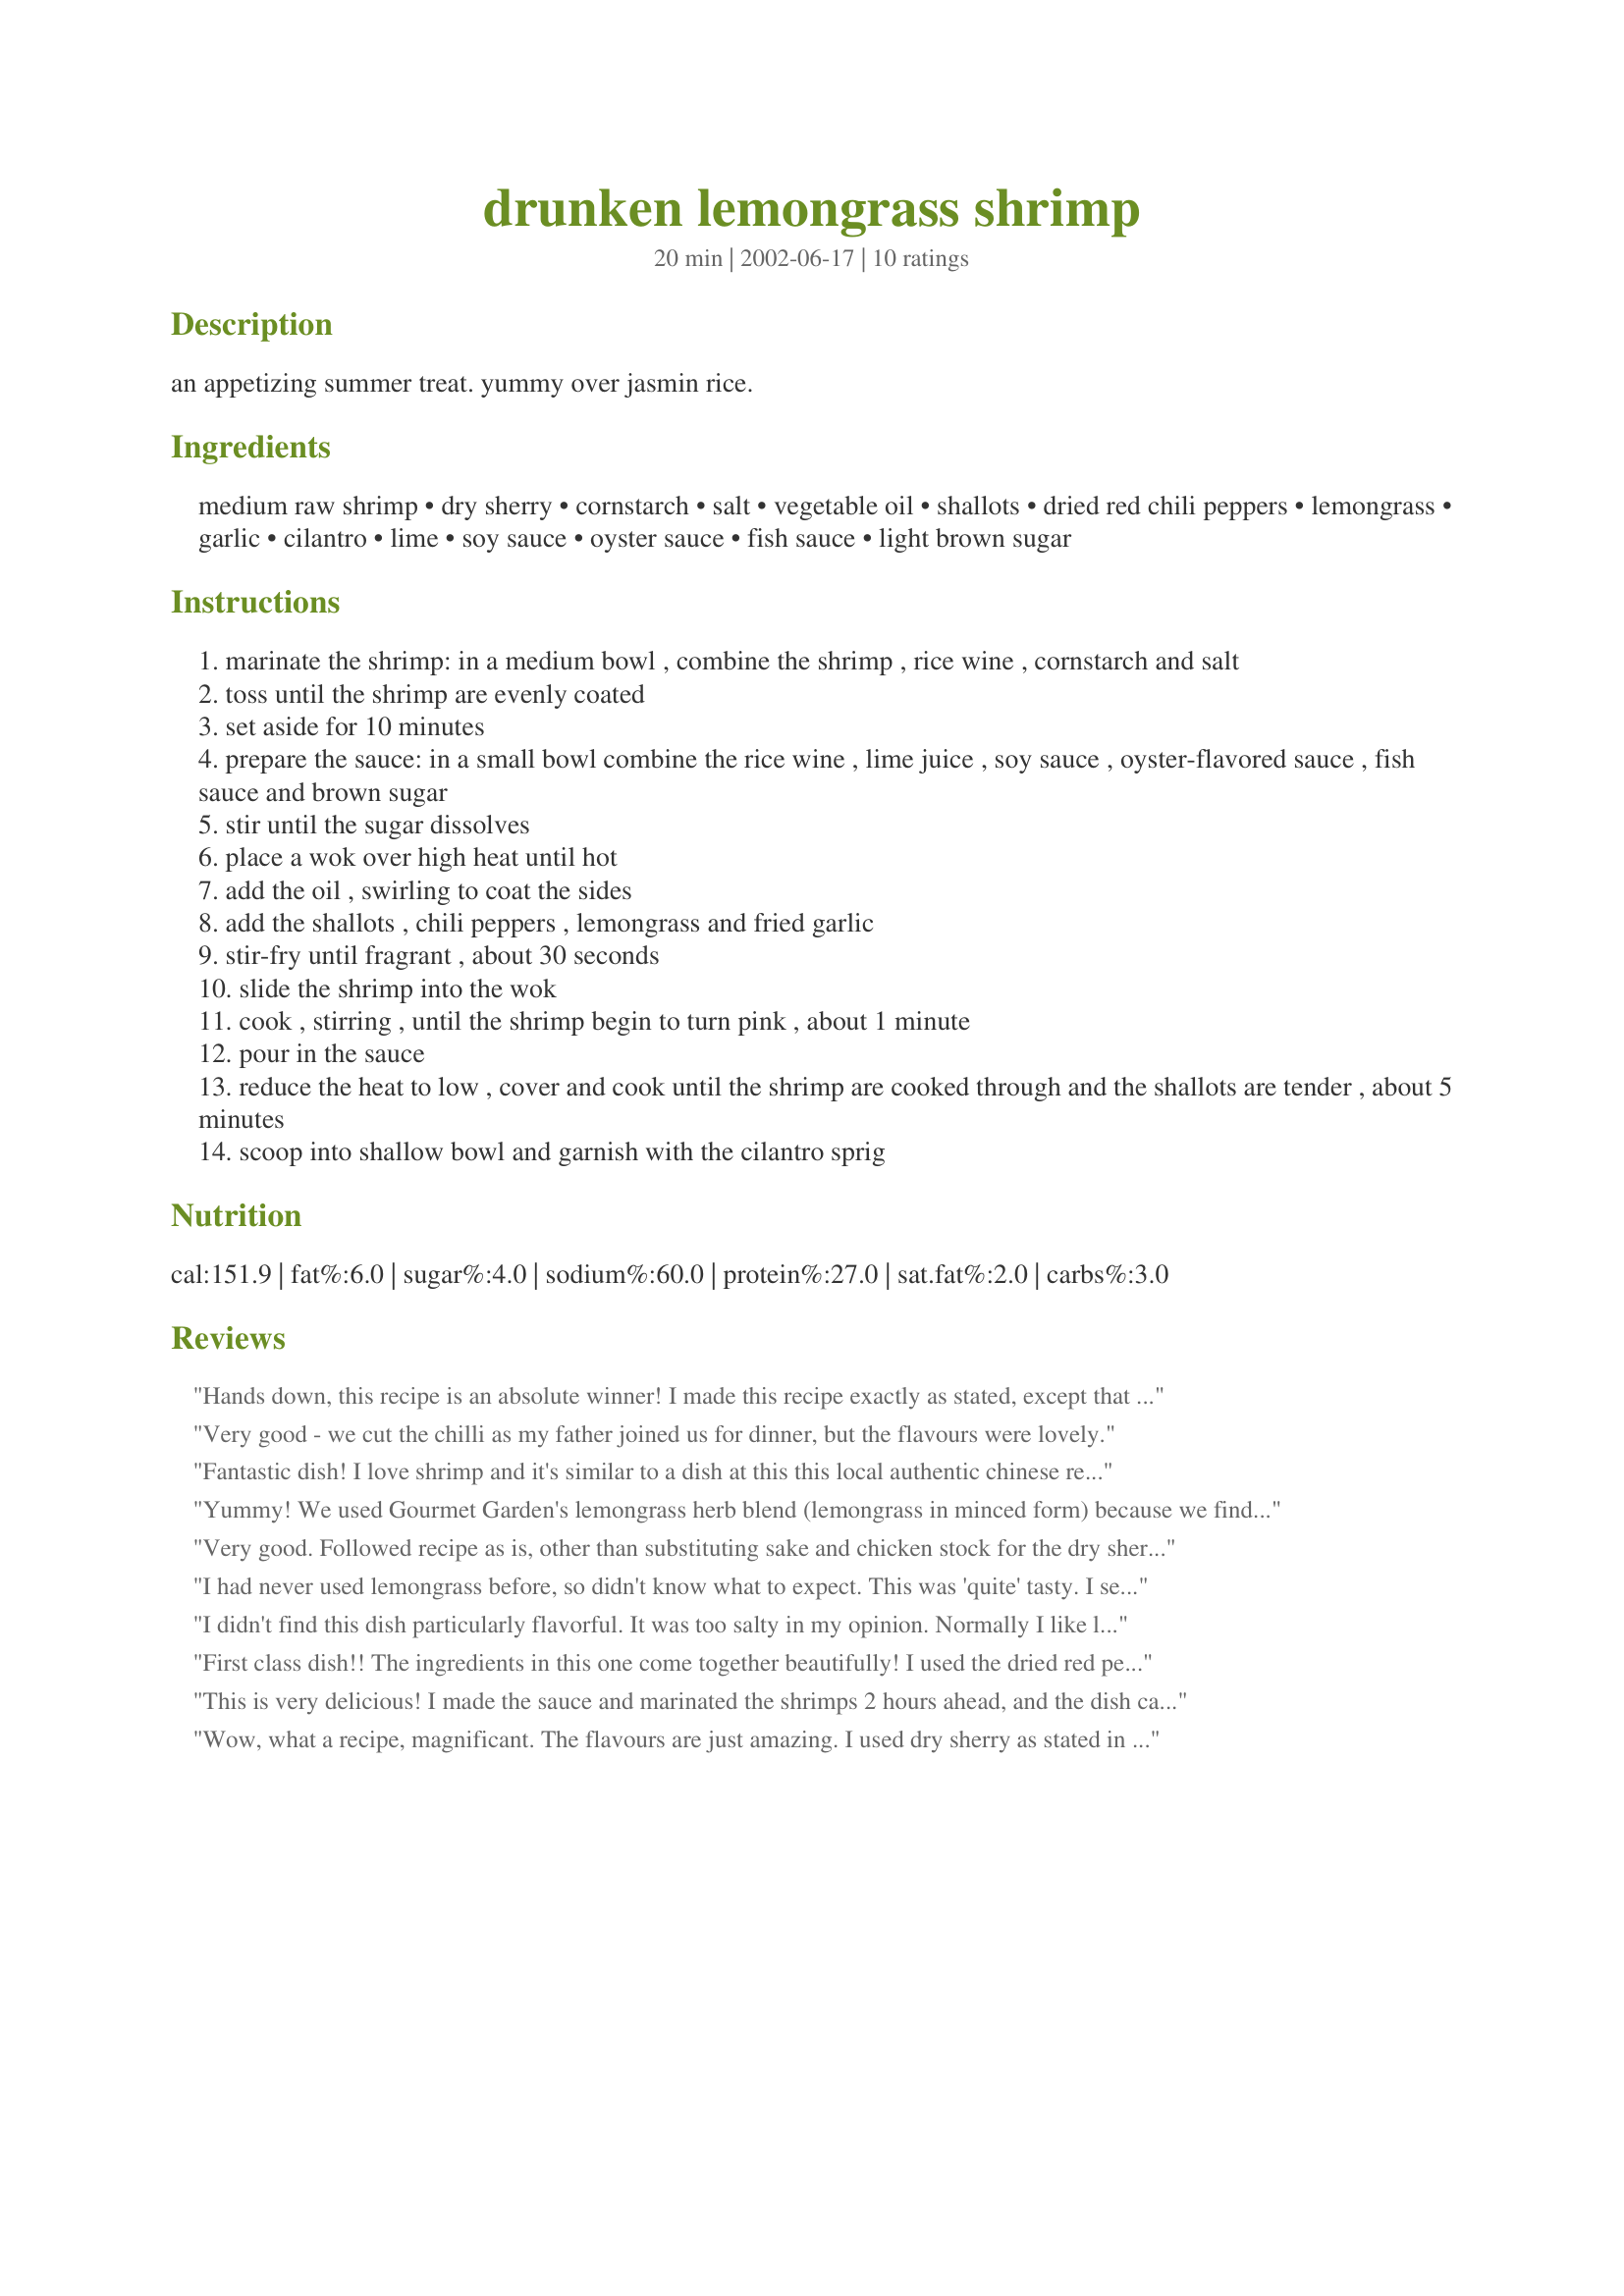
drunken lemongrass shrimp
Preparation time: 20 minutes

an appetizing summer treat. yummy over jasmin rice.

Ingredients:
medium raw shrimp, dry sherry, cornstarch, salt, vegetable oil, shallots, dried red chili peppers, lemongrass, garlic, cilantro, lime, soy sauce, oyster sauce, fish sauce, light brown sugar

Steps:
marinate the shrimp: in a medium bowl , combine the shrimp , rice wine , cornstarch and salt
toss until the shrimp are evenly coated
set aside for 10 minutes
prepare the sauce: in a small bowl combine the rice wine , lime juice , soy sauce , oyster-flavored sauce , fish sauce and brown sugar
stir until the sugar dissolves
place a wok over high heat until hot
add the oil , swirling to coat the sides
add the shallots , chili peppers , lemongrass and fried garlic
stir-fry until fragrant , about 30 seconds
slide the shrimp into the wok
cook , stirring , until the shrimp begin to turn pink , about 1 minute
pour in the sauce
reduce the heat to low , cover and cook until the shrimp are cooked through and the shallots are tender , about 5 minutes
scoop into shallow bowl and garnish with the cilantro sprig

Reviews:
Hands down, this recipe is an absolute winner! I made this recipe exactly as stated, except that I used fresh Thai chilies instead of the dried red chili peppers. I couldn't believe the wonderful aromas while this was cooking! And the sauce on this was amazing, complex, and full of flavor. The lemongrass was very aromatic as well as the garlic, but neither served to overpower any of the other flavors which combined into a heavenly melange that will win anyone over to Asian food. I will definitely be making this again, and again, and again...Thanks, Izzy! :)
Very good - we cut the chilli as my father joined us for dinner, but the flavours were lovely.
Fantastic dish! I love shrimp and it's similar to a dish at this this local authentic chinese restaurant in atlanta. It was a tad too much lemon grass (I'm not sure of the cutting in 2 inch pieces and smashing method for the lemongrass, it left large pieces and strands of lemon grass which is tough to eat). Next time I'll use less lemon grass and mince it finely. Overall wonderful and I will be making it again! Love it!
Yummy! We used Gourmet Garden's lemongrass herb blend (lemongrass in minced form) because we find that everytime we buy it we use a few stalks and then the rest is wasted and it's not cheap produce here! It's in the produce section in our grocer & must always be refrigerated, up to 3 months I believe. Followed everything else to a T and ate with long grain white rice. Delicious!
Very good. Followed recipe as is, other than substituting sake and chicken stock for the dry sherry. The taste is great for what little effort is required.
Yum!
I had never used lemongrass before, so didn't know what to expect. This was 'quite' tasty. I served with Jasmine rice.
I didn't find this dish particularly flavorful. It was too salty in my opinion. Normally I like lemongrass but I don't think this recipe utilized it very well.

Also, the directions mention rice wine but the ingredients list dry sherry. I used sherry wine.
First class dish!! The ingredients in this one come together beautifully! I used the dried red peppers, but cut them down by half. The sauce is really good. I love these easy stir-frys that deliver a lot of flavor. Served it over short grain rice. I will definitely make this again! Thanks Izzy!!
This is very delicious! I made the sauce and marinated the shrimps 2 hours ahead, and the dish came together very quickly. Like SueL, I also used Thai bird's eye chillies (about 4) for 2 servings. I used sake in place of the sherry. I wish I'd made the full recipe; we wanted more!! Thanks for the fantastic dish, I'm thinking this might work well with chicken too.
Wow, what a recipe, magnificant. The flavours are just amazing. I used dry sherry as stated in the ingrediants and not rice wine as written in the instructions only because I read the ingrediants list first. Extremly quick and easy to put together. Top marks for this amazing recipe.
